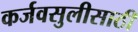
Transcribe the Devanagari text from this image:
कर्जवसुलीसाठी